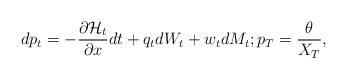
LaTeX: \begin{align*}dp_{t} =-\frac{\partial\mathcal{H}_t}{\partial x}dt+q_{t}dW_{t}+w_{t}dM_{t};p_{T} =\frac{\theta}{X_{T}},\end{align*}